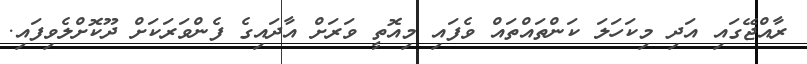
ރާއްޖޭގައި އަދި މިކަހަލަ ކަންތައްތައް ވެފައި މިއޮތީ ވަރަށް އާދައިގެ ފެންވަރަކަށް ދޫކޮށްލެވިފައި.